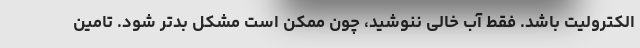
الکترولیت باشد. فقط آب خالی ننوشید، چون ممکن است مشکل بدتر شود. تامین